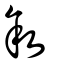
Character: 敍